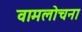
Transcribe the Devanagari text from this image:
वामलोचना